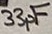
Text: 33pF